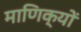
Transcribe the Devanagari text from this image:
माणिक्यों